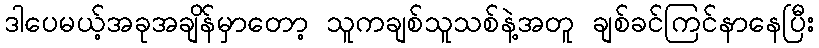
ဒါပေမယ့်အခုအချိန်မှာတော့ သူကချစ်သူသစ်နဲ့အတူ ချစ်ခင်ကြင်နာနေပြီး